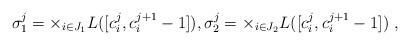
LaTeX: \begin{align*}\sigma_1^j = \times_{i\in J_1} L([c^j_i, c^{j+1}_i-1]), \sigma_2^j = \times_{i\in J_2} L([c^j_i, c^{j+1}_i-1])\;,\end{align*}